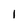
Character: 1